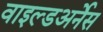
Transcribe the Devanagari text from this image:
वाइल्डअर्नेस